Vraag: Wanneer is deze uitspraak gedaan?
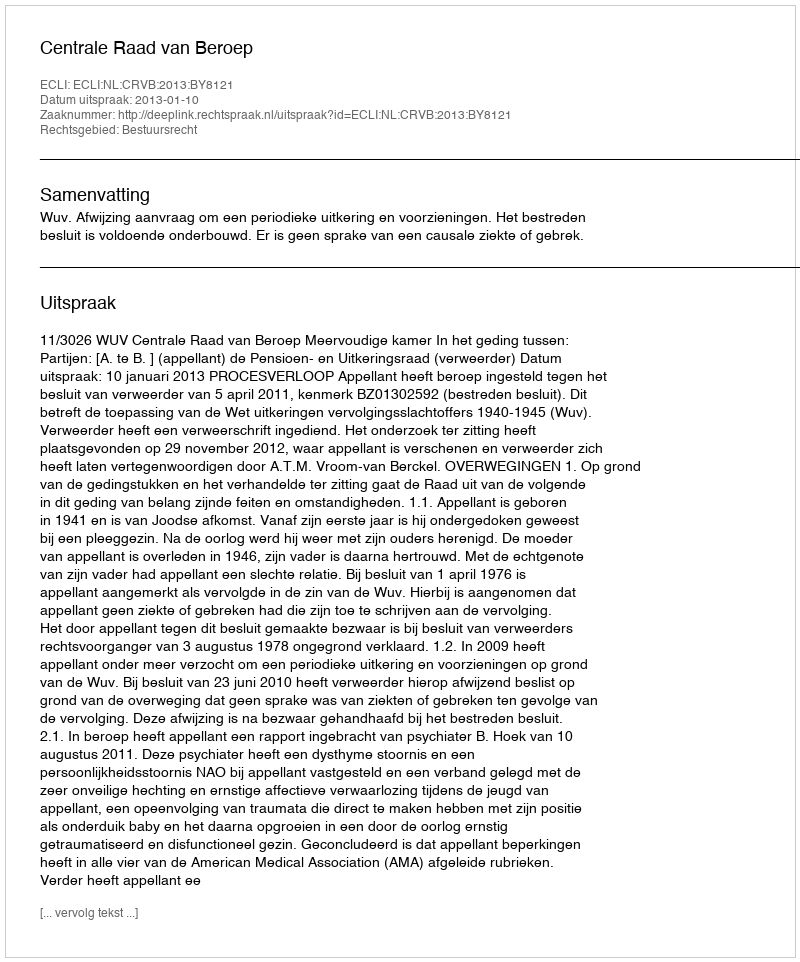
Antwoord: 2013-01-10